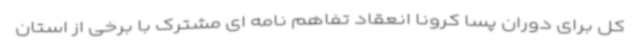
کل برای دوران پسا کرونا انعقاد تفاهم نامه ای مشترک با برخی از استان